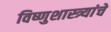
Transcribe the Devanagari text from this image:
विष्णुशास्त्र्यांचे